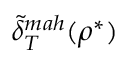
\Tilde { \delta } _ { T } ^ { m a h } ( \rho ^ { * } )